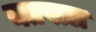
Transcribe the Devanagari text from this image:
नतपाल